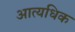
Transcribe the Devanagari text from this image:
आत्यधिक